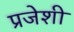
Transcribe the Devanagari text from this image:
प्रजेशी